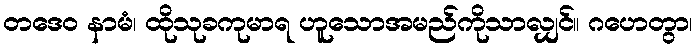
တဒေဝ နာမံ၊ ထိုသုခကုမာရ ဟူသောအမည်ကိုသာလျှင်။ ဂဟေတွာ၊